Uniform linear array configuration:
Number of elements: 48
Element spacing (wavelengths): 1
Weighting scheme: exponential
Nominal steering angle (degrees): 0
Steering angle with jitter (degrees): -1.419
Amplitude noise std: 0.05
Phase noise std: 0.05

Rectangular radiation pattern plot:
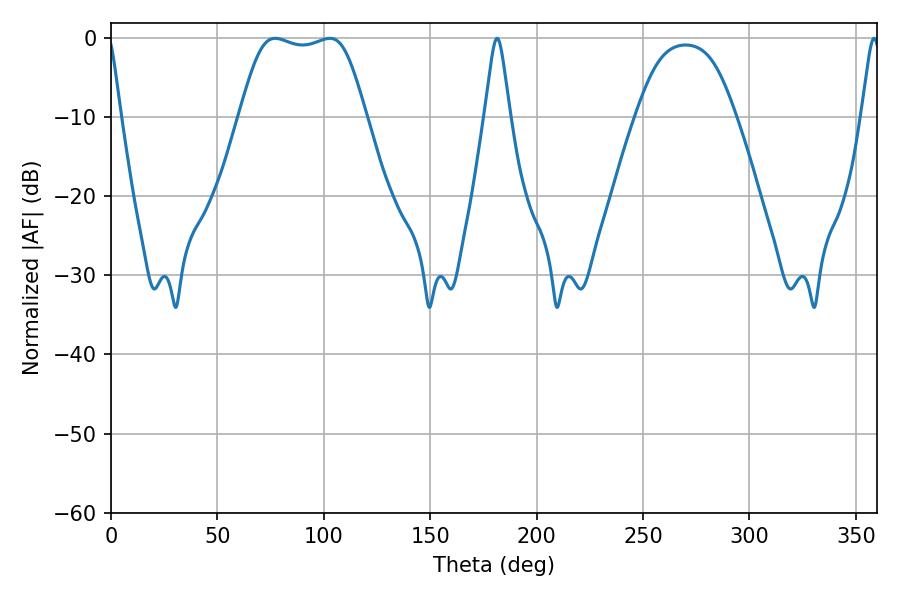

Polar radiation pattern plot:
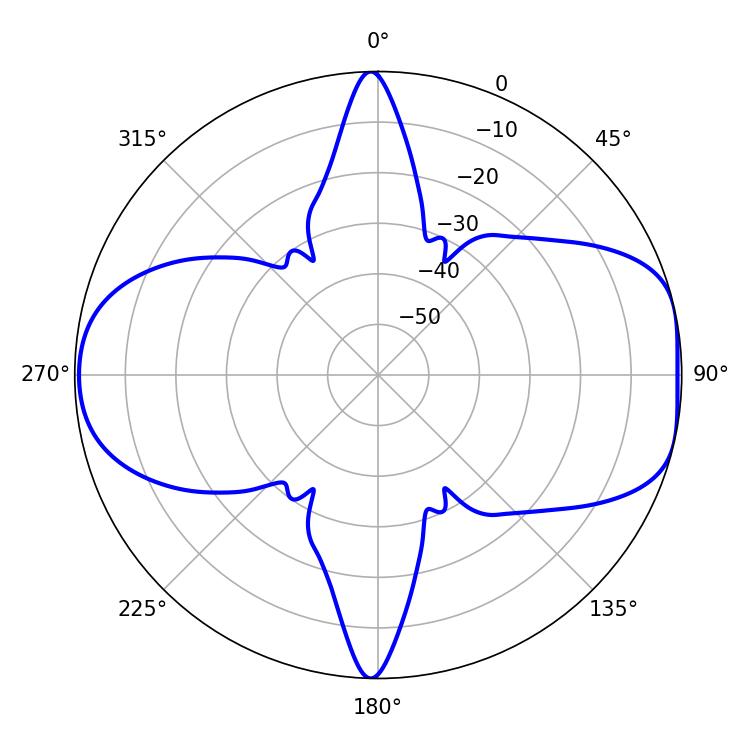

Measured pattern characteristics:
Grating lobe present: TRUE
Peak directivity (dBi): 8.224
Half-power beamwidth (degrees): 5.76
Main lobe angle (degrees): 181.44